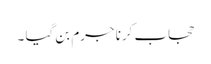
حجاب کرنا جرم بن گیا ۔